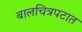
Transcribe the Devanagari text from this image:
बालचित्रपटात